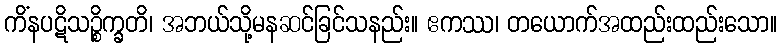
ကိံနပဋိသဉ္စိက္ခတိ၊ အဘယ်သို့မနဆင်ခြင်သနည်း။ ဧကဿ၊ တယောက်အထည်းထည်းသော။